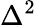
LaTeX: \Delta^{2}